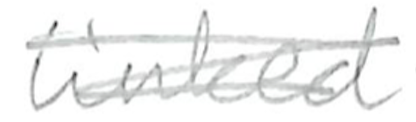
Text: linked
Cross-out: scratch
Writing tool: pencil